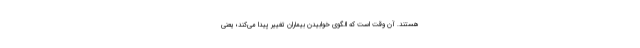
هستند. آن وقت است که الگوی خوابیدن بیماران تغییر پیدا می‌کند؛ یعنی